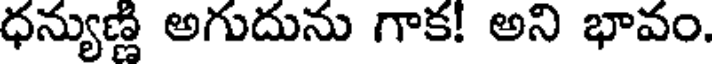
ధన్యుణ్ణి అగుదును గాక! అని భావం.